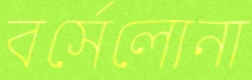
বর্সেলোনা